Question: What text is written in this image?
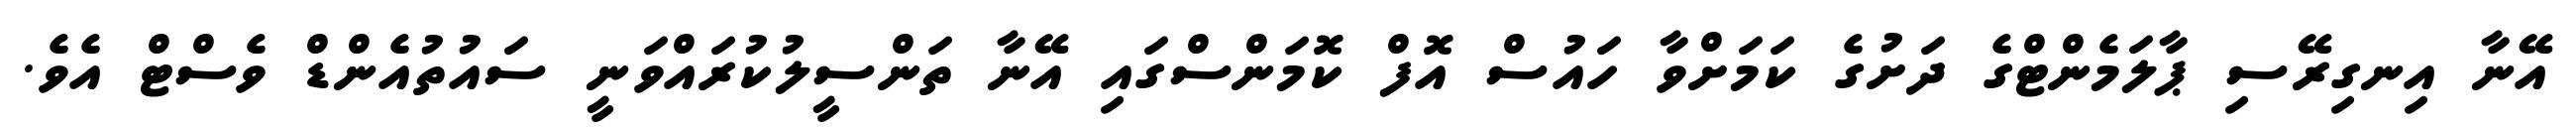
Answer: އޭނާ އިނގިރޭސި ޕާލަމެންޓްގެ ދަށުގެ ކަމަށްވާ ހައުސް އޮފް ކޮމަންސްގައި އޭނާ ތަންސީލުކުރައްވަނީ ސައުތުއެންޑް ވެސްޓް އެވެ.